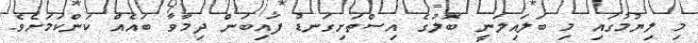
މި ލިޔުމުގައި މި ބަލައިލަނީ ބޮލުގެ އިސްތަށިގަނޑު ފައިބަން ދިމާވާ ބައެއް ކަންކަމަށެވެ.